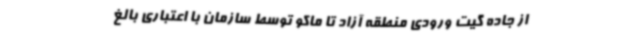
از جاده گیت ورودی منطقه آزاد تا ماکو توسط سازمان با اعتباری بالغ